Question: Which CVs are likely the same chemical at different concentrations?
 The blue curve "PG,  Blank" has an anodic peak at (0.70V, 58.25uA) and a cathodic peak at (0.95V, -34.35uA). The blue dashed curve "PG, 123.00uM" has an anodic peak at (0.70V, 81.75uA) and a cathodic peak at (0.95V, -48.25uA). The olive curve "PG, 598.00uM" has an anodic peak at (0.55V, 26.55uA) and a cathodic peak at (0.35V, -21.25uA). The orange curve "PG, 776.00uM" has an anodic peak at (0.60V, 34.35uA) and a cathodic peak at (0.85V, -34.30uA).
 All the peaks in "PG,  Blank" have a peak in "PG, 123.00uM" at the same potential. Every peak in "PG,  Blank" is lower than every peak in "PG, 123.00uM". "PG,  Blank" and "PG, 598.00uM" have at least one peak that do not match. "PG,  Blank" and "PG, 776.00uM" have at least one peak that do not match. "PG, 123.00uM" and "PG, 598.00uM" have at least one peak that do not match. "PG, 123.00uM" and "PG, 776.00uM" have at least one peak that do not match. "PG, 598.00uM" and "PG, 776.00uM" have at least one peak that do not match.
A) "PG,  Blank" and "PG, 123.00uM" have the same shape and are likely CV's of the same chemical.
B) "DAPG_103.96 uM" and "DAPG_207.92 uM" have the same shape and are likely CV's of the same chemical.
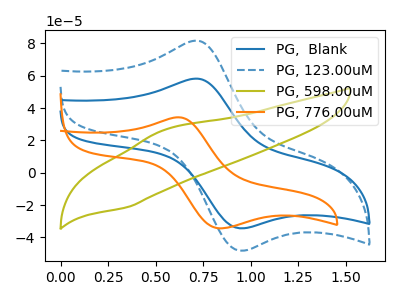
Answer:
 <answer>A) "PG,  Blank" and "PG, 123.00uM" have the same shape and are likely CV's of the same chemical.</answer>
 <eval>A</eval>